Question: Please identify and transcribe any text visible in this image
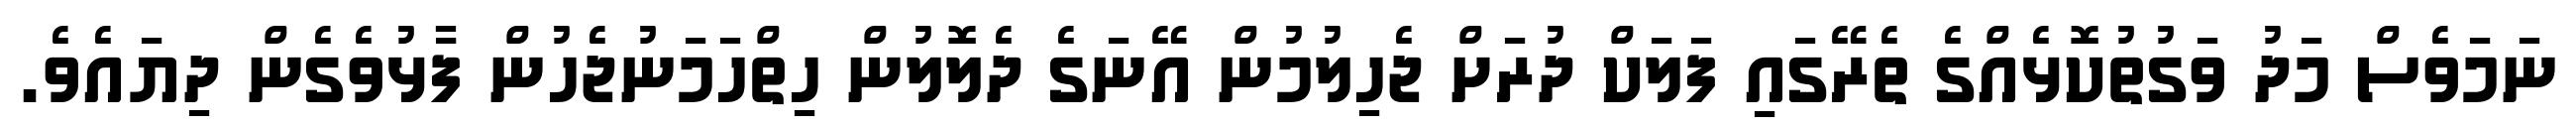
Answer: ނަމަވެސް މަދު ވަގުތުކޮޅެއްގެ ތެރޭގައި ފަލަކް ދުރަށް ޖެހިލުމުން އޭނަގެ ދެލޮލުން ހިތްހަމަނުޖެހުން ފާޅުވެގެން ދިޔައެވެ.